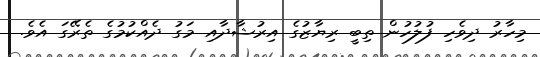
މިހާރު ދިވެހި ފުލުހުން ތިބީ ރިޔާޒުގެ އިރުޝާދާއި މަގު ދެއްކުމުގެ ތެރޭގަ އެވެ.